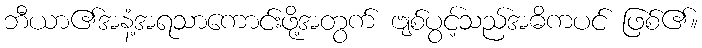
ဘီယာ၏အနံ့အရသာကောင်းဖို့အတွက် ဗျစ်ပွင့်သည်အဓိကပင် ဖြစ်၏။